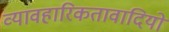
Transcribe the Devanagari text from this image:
व्यावहारिकतावादियों